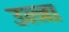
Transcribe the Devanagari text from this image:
उल्जा